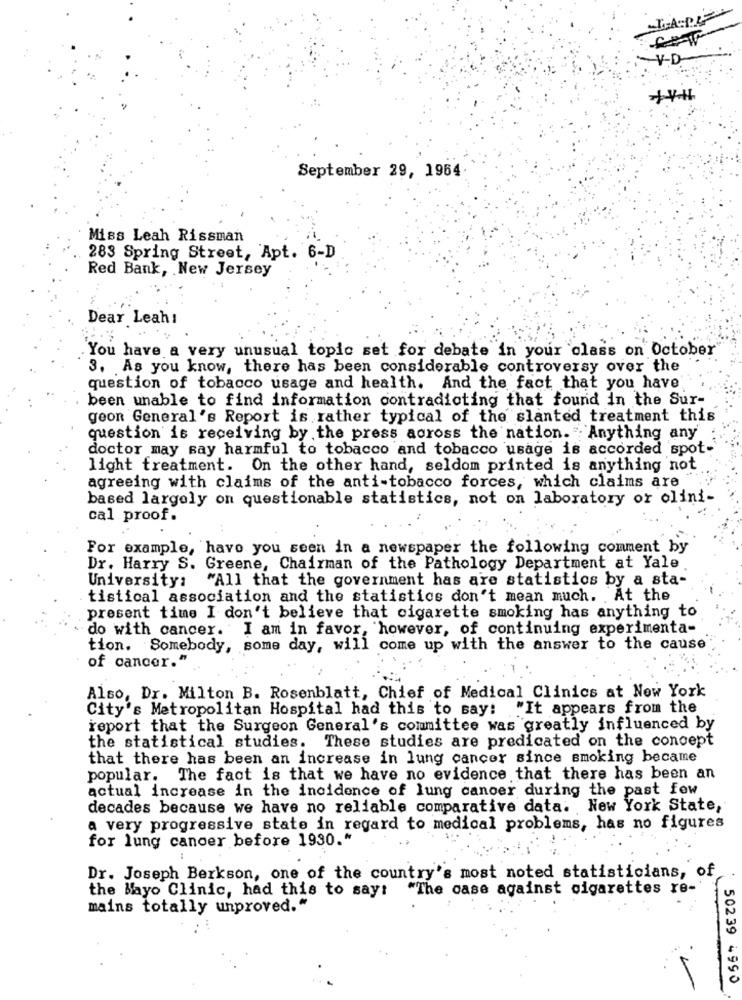
V-D
September 29, 1964
Miss Leah Rissman
283 Spring Street, Apt. 6-D
Red Bank, New Jersey
Dear Leah:
You have a very unusual topic set for debate in your class on October
3. As you know, there has been considerable controversy over the
question of tobacco usage and health. And the fact that you have
been unable to find information contradicting that found in the Sur-
geon General's Report is rather typical of the slanted treatment this
question is receiving by the press across the nation. " Anything any
doctor may say harmful to tobacco and tobacco usage is accorded spot-
light treatment. On the other hand, seldom printed is anything not
agreeing with claims of the anti-tobacco forces, which claims are
based largely on questionable statistics, not on laboratory or olini-
cal proof.
For example, have you seen in a newspaper the following comment by
Dr. Harry S. Greene, Chairman of the Pathology Department at Yale
"All that the government has are statistics by a sta-
University:
tistical association and the statistics don't mean much. At the
present time I don't believe that cigarette smoking has anything to
do with cancer. I am in favor, however, of continuing experimenta-
tion. Somebody, some day, will come up with the answer to the cause
of cancer."
Also, Dr. Milton B. Rosenblatt, Chief of Medical Clinics at New York
City's Metropolitan Hospital had this to say: "It appears from the
report that the Surgeon General's committee was greatly influenced by
the statistical studies. These studies are predicated on the concept
that there has been an increase in lung cancer since smoking became
popular. The fact is that we have no evidence that there has been an
actual increase in the incidence of lung cancer during the past few
decades because we have no reliable comparative data. New York State,
a very progressive state in regard to medical problems, has no figures
for lung cancer before 1930."
Dr. Joseph Berkson, one of the country's most noted statisticians, of
the Mayo Clinic, had this to say: "The case against cigarettes re-
mains totally unproved."
-
50239 4990